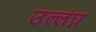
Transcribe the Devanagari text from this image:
उल्लंघ्न